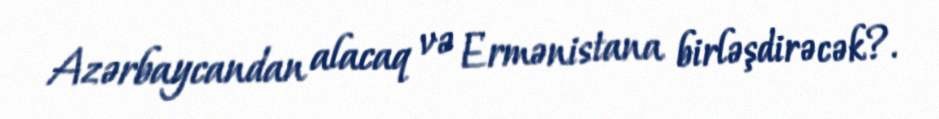
Azərbaycandan alacaq və Ermənistana birləşdirəcək?.